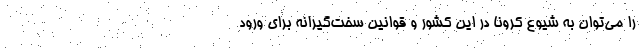
را می‌توان به شیوع کرونا در این کشور و قوانین سخت‌گیرانه برای ورود